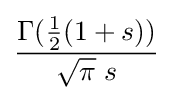
{\frac {\Gamma ({\tfrac {1}{2}}(1+s))}{{\sqrt {\pi }}\;s}}